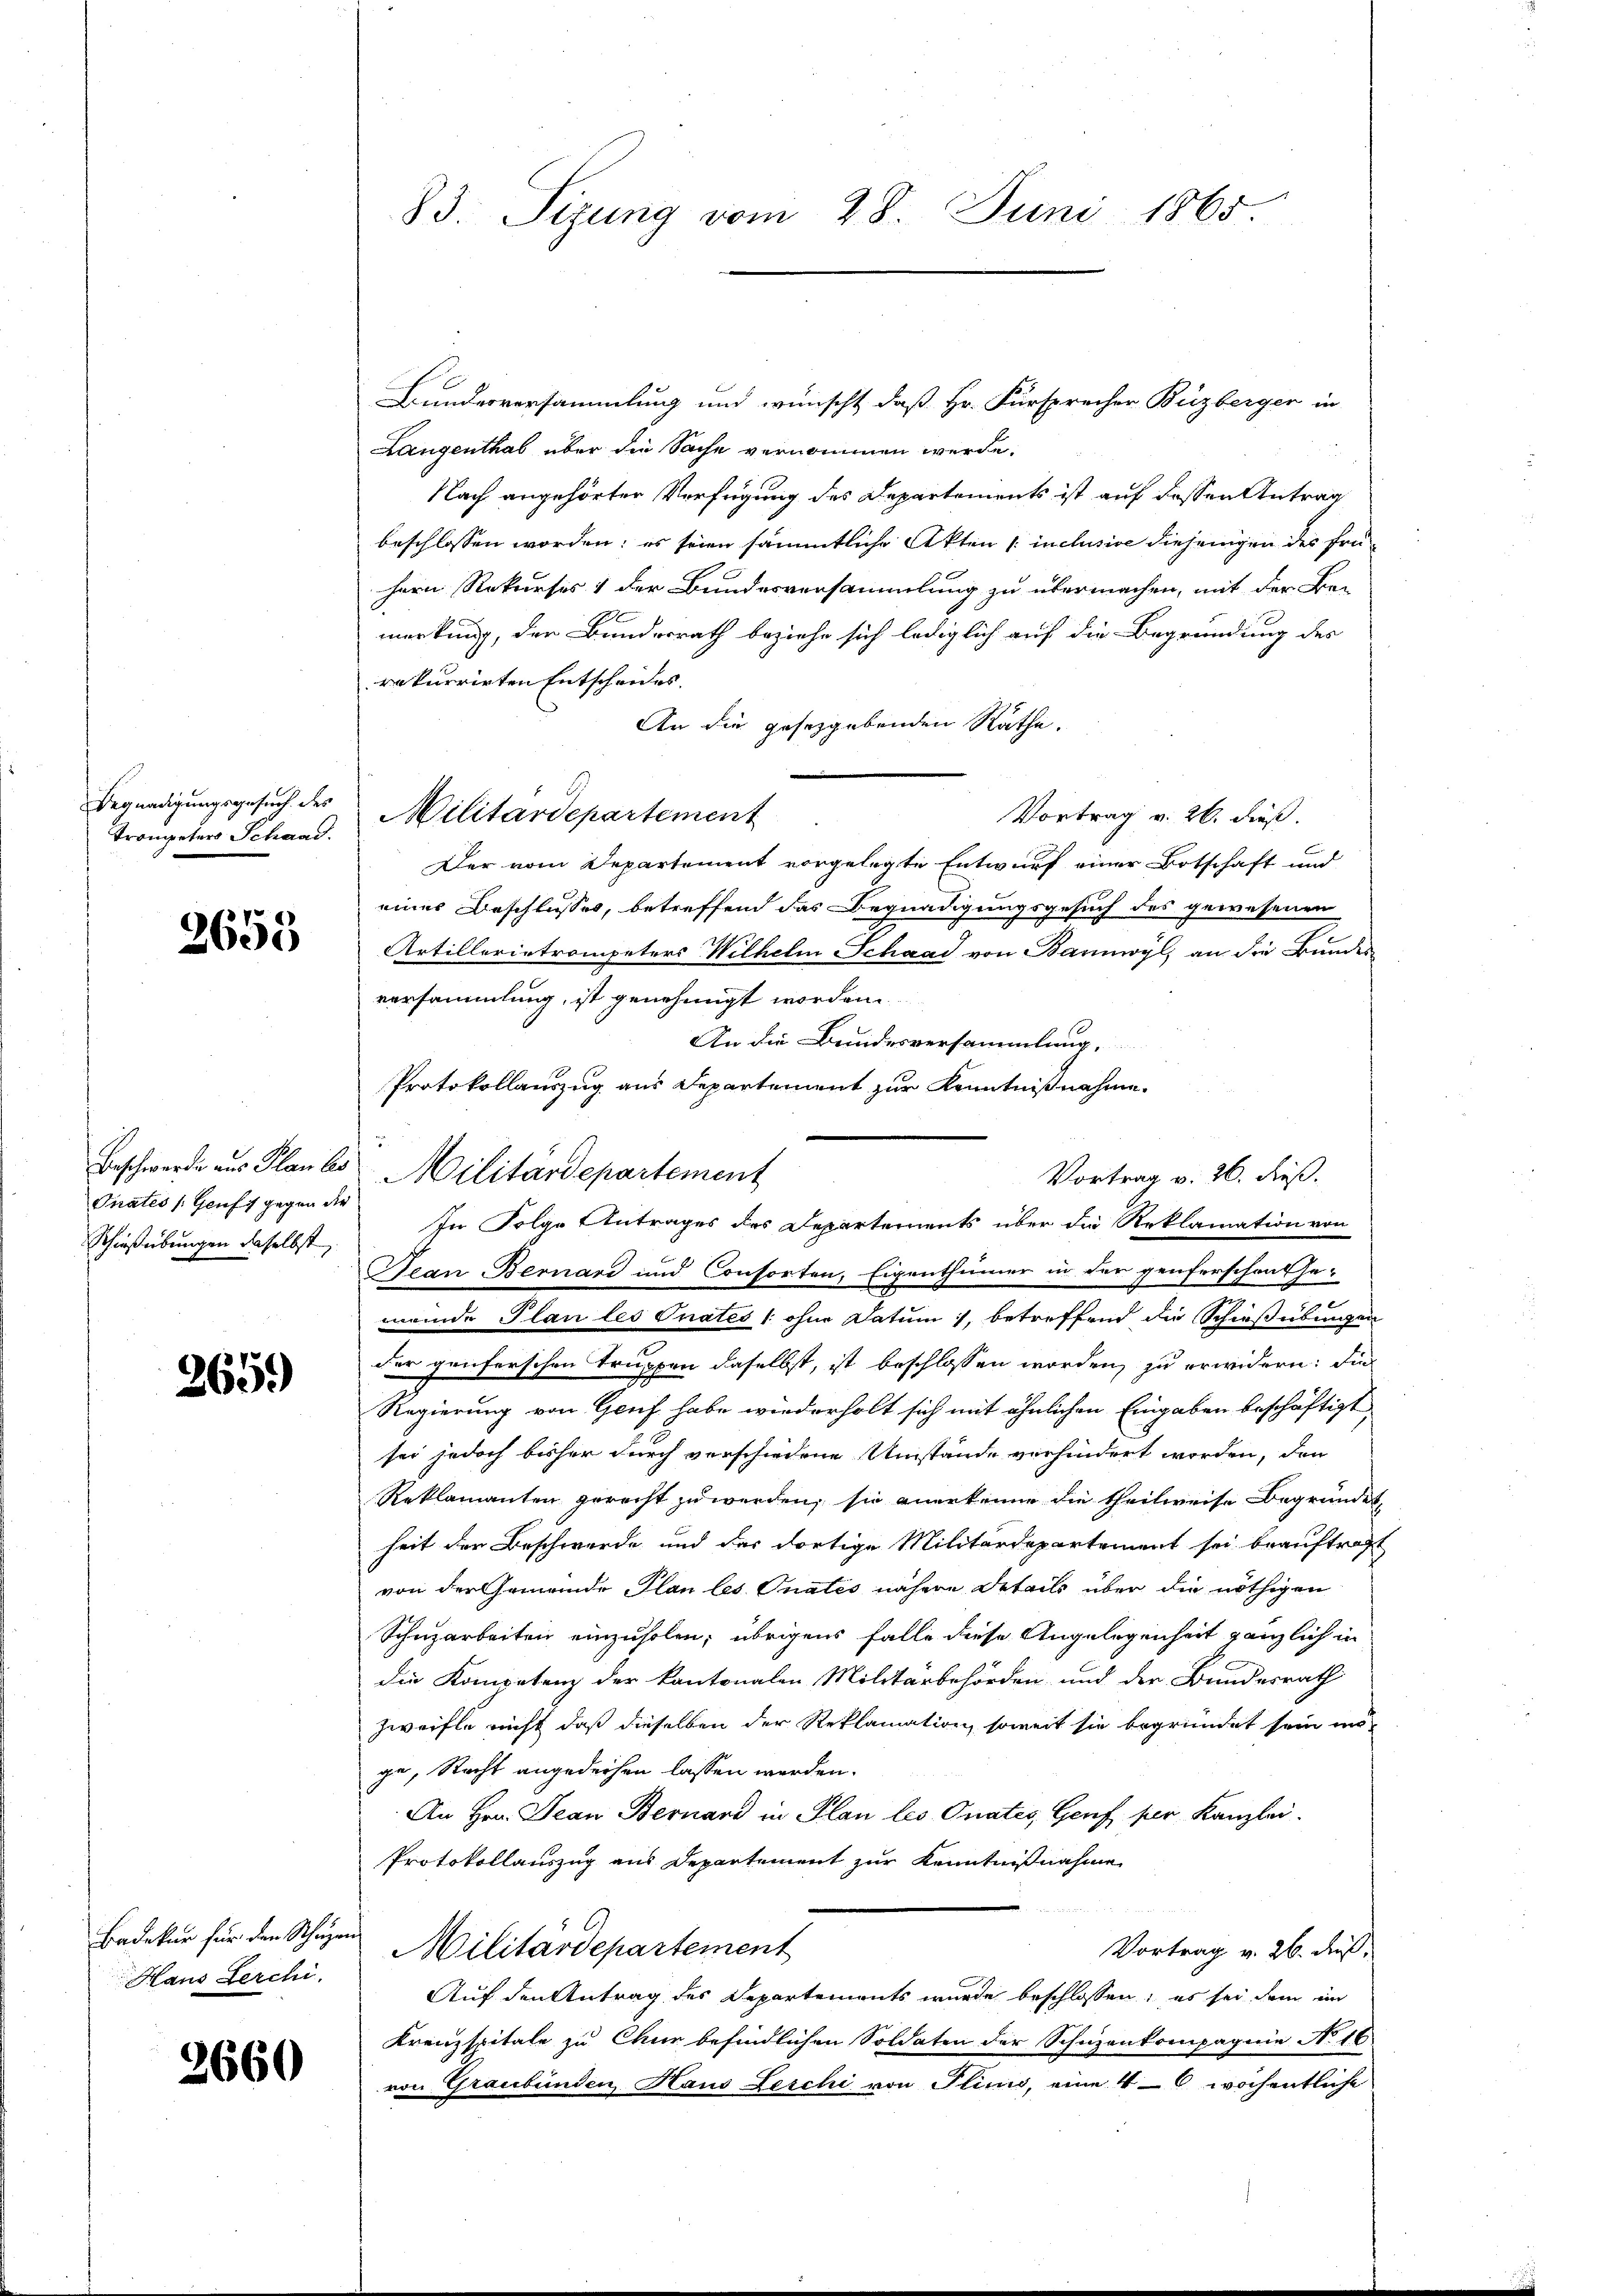
Begnadigungsgesuch des
Trongeters Schand.

2659

Pnates (Genf gegen die
Schießübungen daselbst

265.

Badekur für den Schuze
Haus Lerchi

2660

83. Sizung vom 28. Juni 1865

Bundesversammlung und wünscht, daß Hr. Fürsprecher Buzberger in
Langenthal über die Sache vernommen werde.
Nach angehörter Verfügung des Departements ist auf dessen Antrag
beschlossen worden; es seien sämmtliche Akten [inclusive diejenigen des frühern Rekurses 1 der Bundesversammlung zu übermachen, mit der Be-
merkung, den Bundesrath beziehe sich lediglich auf die Begründung des
rekurrirten Entscheides.
An die gesetzgebenden Räthe.
Militärdepartement
Vortrag v. 26. dieß.
Der vom Departement vorgelegte Entwurf einer Botschaft und
einer Beschlusses, betreffend das Begnadigungsgesuch des gewesenen
Artillerintrompeters Wilhelm Schaad von Bannwyl, an die Bundes
versammlung, ist genehmigt worden.
An die Bundesversammlung.
Protokollauszug aus Departement zur Kenntnißnahme.
Beschwerde aus Planes Militärdepartement
Vortrag v. 26. dieß.
In Folge Antrages des Departements über die Reklamation von
Jean Bernard und Consorten, Eigenthümer in der penferschen Ge-
meinde Plan les Onates /: ohne Datum, betreffend die Schießübungen
der genferschen Truppen daselbst, ist beschlossen worden, zu erwidern: die
Regierung von Genf habe wiederholt sich mit ähnlichen Eingaben beschäftigt,
sei jedoch bisher durch verschiedene Umstände verhindert worden, den
Reklamanten gerecht zu werden, sie anerkenne die theilweise Begründet,
heit der Beschwerde und das dortige Militärdepartement sei beauftragt
von der Gemeinde Plan les Onates nähere Details über die nöthigen
Schnzarbeiten einzuholen; übrigens falle diese Angelegenheit gänzlich in
die Kompetenz der kantonalen Militärbehörden und der Bundesrath
Zweifle nicht daß dieselben der Reklamation, soweit sie begründet sein mö
ge, Recht angedeihen lassen werden.
An Hrn. Jean Bernard in Plan les Onates Genf per Kanzlei.
Protokollauszug aus Departement zur Kenntnißnahme
Militärdepartement
Vortrag v. 26. Fuß,
Auf den Antrag des Departements wurde beschlossen; es sei dem in
Kreuzspitale zu Chur befindlichen Soldaten der Schuzenkompagnie No 16
von Graubünden, Haus Leschi von Plinis, eine 4 wöchentliche